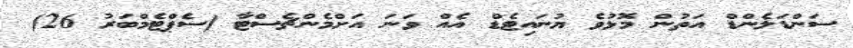
ސަންޑަލެންޑް އަތުން މޮޅުވެ ޔުނައިޓެޑް އެއް ވަނަ އަށްމެންޗެސްޓާ (ސެޕްޓެމްބަރު 26)